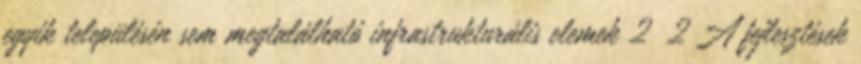
egyik településén sem megtalálható infrastrukturális elemek 2 2 A fejlesztések